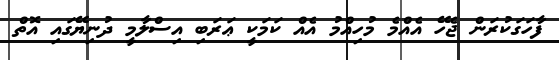
ފާހަގަކުރަން ޖެހޭ އެއްމެ މުހިއްމު އެއް ކަމަކީ ޢަރަބި އިސްލާމީ ދުނިޔޭގައި އޮތް